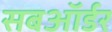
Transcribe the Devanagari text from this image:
सबऑर्डर